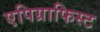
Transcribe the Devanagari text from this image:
एपिग्राफिस्ट